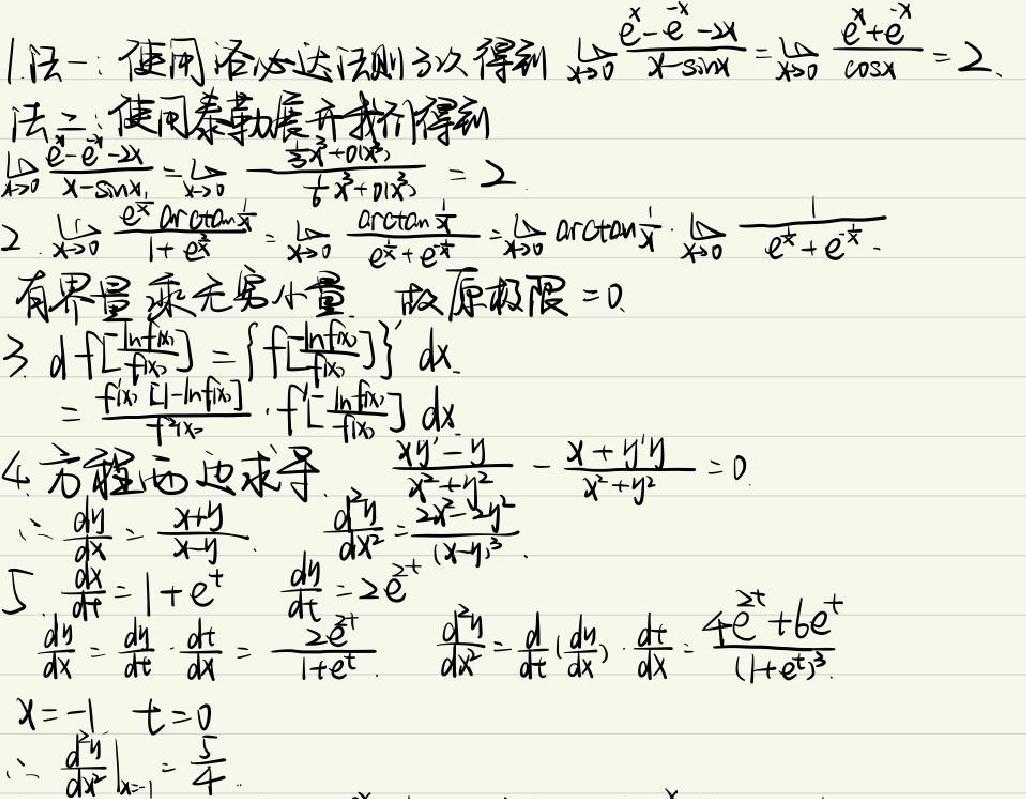
1. 法一：使用洛必达法则3次得到 \(\lim_{x \to 0} \frac{e^{x}-e^{-x}-2x}{x - \sin x}=\lim_{x \to 0} \frac{e^{x}+e^{-x}}{\cos x}=2\).
法二：使用泰勒展开我们得到
\(\lim_{x \to 0} \frac{e^{x}-e^{-x}-2x}{x - \sin x}=\lim_{x \to 0} \frac{\frac{1}{3}x^{3}+o(x^{3})}{\frac{1}{6}x^{3}+o(x^{3})}=2\).
2. \(\lim_{x \to 0} \frac{e^{x}\arctan x}{1 + e^{x}}=\lim_{x \to 0} \frac{\arctan x}{e^{x}+e^{-x}}=\lim_{x \to 0} \arctan x\cdot\lim_{x \to 0} \frac{1}{e^{x}+e^{-x}}\).
有界量乘无穷小量，故原极限 \( = 0\).
3. \(d\left[f\left(\frac{\ln f(x)}{f(x)}\right)\right]=\left\{f\left[\frac{\ln f(x)}{f(x)}\right]\right\}'dx\)
\(=\frac{f(x)[1 - \ln f(x)]}{f^{2}(x)}\cdot f'\left[\frac{\ln f(x)}{f(x)}\right]dx\).
4. 方程两边求导，\(\frac{xy'-y}{x^{2}+y^{2}}-\frac{x + y'y}{x^{2}+y^{2}} = 0\).
\(\therefore\frac{dy}{dx}=\frac{x + y}{x - y}\), \(\frac{d^{2}y}{dx^{2}}=\frac{2x^{2}-2y^{2}}{(x - y)^{3}}\).
5. \(\frac{dx}{dt}=1 + e^{t}\), \(\frac{dy}{dt}=2e^{t}\)
\(\frac{dy}{dx}=\frac{dy}{dt}\cdot\frac{dt}{dx}=\frac{2e^{t}}{1 + e^{t}}\), \(\frac{d^{2}y}{dx^{2}}=\frac{d}{dt}\left(\frac{dy}{dx}\right)\cdot\frac{dt}{dx}=\frac{4e^{t}+6e^{t}}{(1 + e^{t})^{3}}\).
\(x=-1\), \(t = 0\)
\(\therefore\left.\frac{d^{2}y}{dx^{2}}\right|_{x=-1}=\frac{5}{4}\).